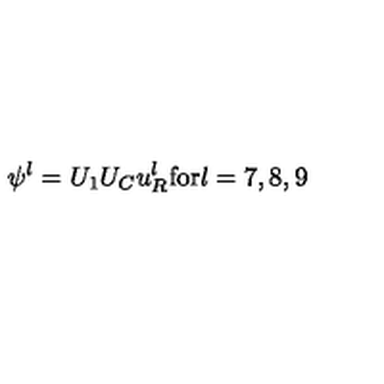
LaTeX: \psi ^ { l } = U _ { 1 } U _ { C } u _ { R } ^ { l } \mathrm { f o r } l = 7 , 8 , 9